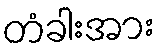
တံခါးအား